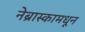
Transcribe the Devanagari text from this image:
नेब्रास्कामधून